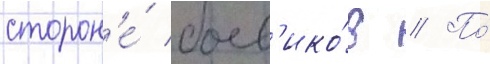
сторон'е́ боев'ико́в // По́